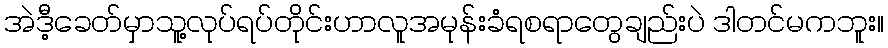
အဲဒီ့ခေတ်မှာသူ့လုပ်ရပ်တိုင်းဟာလူအမုန်းခံရစရာတွေချည်းပဲ ဒါတင်မကဘူး။